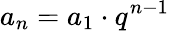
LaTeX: a_{n}=a_{1}\cdot q^{n-1}